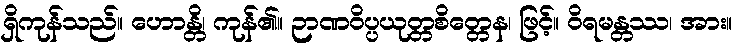
ရှိကုန်သည်။ ဟောန္တိ၊ ကုန်၏။ ဉာဏဝိပ္ပယုတ္တစိတ္တေန၊ ဖြင့်။ ဝိရမန္တဿ၊ အား။